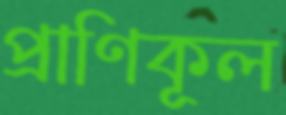
প্রাণিকূল